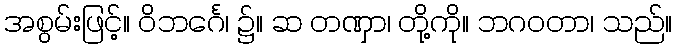
အစွမ်းဖြင့်။ ဝိဘင်္ဂေ၊ ၌။ ဆ တဏှာ၊ တို့ကို။ ဘဂဝတာ၊ သည်။